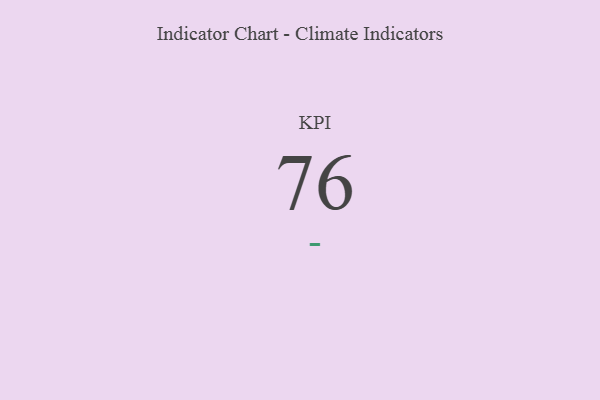
{"axis": {"x": "KPI", "y": "Value"}, "legend": [""], "data": [{"x": "KPI", "y": 76, "type": ""}]}